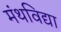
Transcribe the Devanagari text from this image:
मंथविद्या